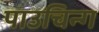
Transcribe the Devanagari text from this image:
पाउचिन्ग